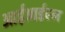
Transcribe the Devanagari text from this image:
आईआईएल